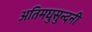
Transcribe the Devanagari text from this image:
अतिमघुसुन्दनी